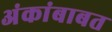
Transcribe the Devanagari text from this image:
अंकांबाबत